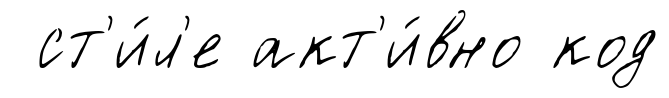
ст'и́л'е акт'и́вно код